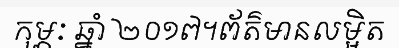
កុម្ភៈ ឆ្នាំ ២០១៧។ព័ត៌មានលម្អិត